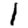
Digit: 1